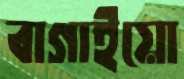
বাগাইয়ো